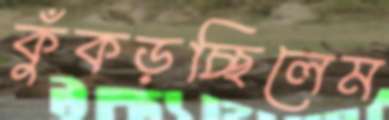
কুঁকড়চ্ছিলেম